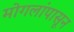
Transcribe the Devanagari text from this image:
मोगलांपासून